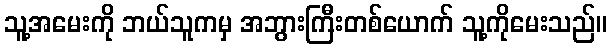
သူ့အမေးကို ဘယ်သူကမှ အဘွားကြီးတစ်ယောက် သူ့ကိုမေးသည်။